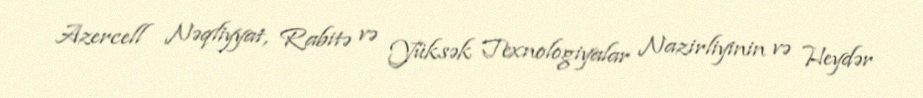
Azercell Nəqliyyat, Rabitə və Yüksək Texnologiyalar Nazirliyinin və Heydər